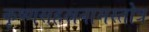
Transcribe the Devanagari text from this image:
कृष्णसहस्रनामस्तोत्र